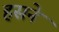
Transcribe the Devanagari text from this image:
हसने